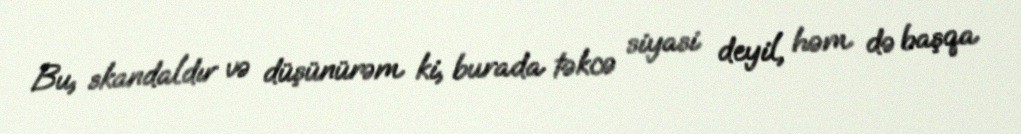
Bu, skandaldır və düşünürəm ki, burada təkcə siyasi deyil, həm də başqa